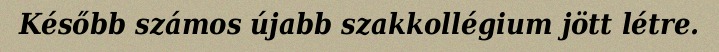
Később számos újabb szakkollégium jött létre.